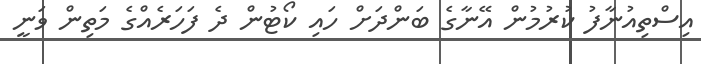
އިސްތިއުނާފު ކުރުމުން އޭނާގެ ބަންދަށް ހައި ކޯޓުން ދެ ފަހަރެއްގެ މަތިން ވަނީ